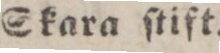
Skara ſtift.